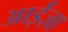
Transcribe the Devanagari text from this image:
आईंज़ा